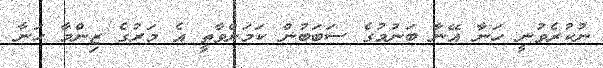
ނުކުރެވުނީ ހަނާ އޭނާ ބަނުމުގެ ސަބަބުން ކަމަށްވާތީ އެ މަރުގެ ޒިންމާ ހަނާ